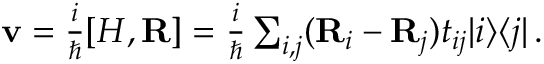
\begin{array} { r } { { \bf v } = \frac { i } { \hbar } [ H , { \bf R } ] = \frac { i } { \hbar } \sum _ { i , j } ( { \bf R } _ { i } - { \bf R } _ { j } ) t _ { i j } \vert i \rangle \langle j \vert \, . } \end{array}